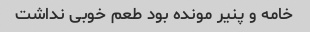
خامه و پنیر مونده بود طعم خوبی نداشت